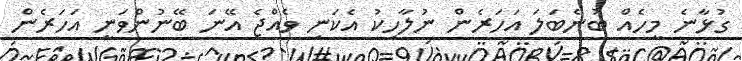
ގުޅާނެ މީހެއް ބުނެބަލަ އަހަރެން ނުލާހިކު އެކަނި ވެއްޖެ އޭނަ ބޭނުންވަނީ އަހަރެން